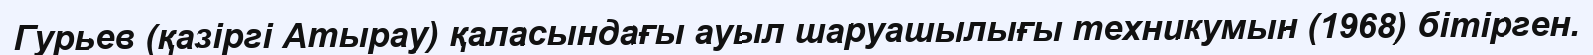
Гурьев (қазіргі Атырау) қаласындағы ауыл шаруашылығы техникумын (1968) бітірген.